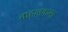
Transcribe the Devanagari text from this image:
कहलवाना